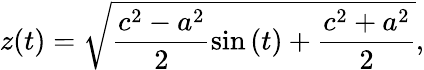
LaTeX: z(t)=\sqrt{\frac{c^{2}-a^{2}}{2}\sin{(t})+\frac{c^{2}+a^{2}}{2}},